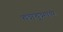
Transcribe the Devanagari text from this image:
काकुशथ